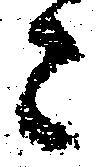
々